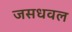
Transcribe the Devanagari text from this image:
जसधवल